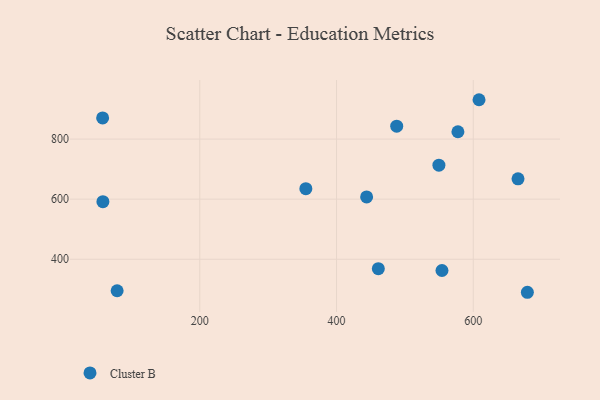
{"axis": {"x": "Investment", "y": "Sales"}, "legend": ["Cluster B"], "data": [{"x": "57.9", "y": 870.4, "type": "Cluster B"}, {"x": "549.7", "y": 713.3, "type": "Cluster B"}, {"x": "665.4", "y": 667.7, "type": "Cluster B"}, {"x": "608.4", "y": 931.1, "type": "Cluster B"}, {"x": "58.3", "y": 591.8, "type": "Cluster B"}, {"x": "79.1", "y": 295.0, "type": "Cluster B"}, {"x": "355.1", "y": 635.0, "type": "Cluster B"}, {"x": "554.2", "y": 362.5, "type": "Cluster B"}, {"x": "577.5", "y": 824.4, "type": "Cluster B"}, {"x": "488.0", "y": 843.2, "type": "Cluster B"}, {"x": "461.1", "y": 368.7, "type": "Cluster B"}, {"x": "444.0", "y": 607.4, "type": "Cluster B"}, {"x": "679.1", "y": 290.0, "type": "Cluster B"}]}